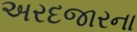
અરદજારના